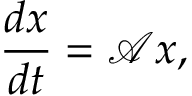
\frac { d \boldsymbol { x } } { d t } = \boldsymbol { \mathcal { A } } \boldsymbol { x } ,